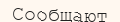
Сообщают